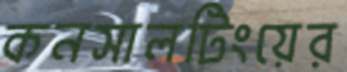
কনসালটিংয়ের